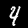
Label: 4